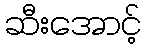
ဆီးအောင့်